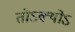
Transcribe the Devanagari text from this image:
तोऽक्योऽ